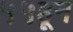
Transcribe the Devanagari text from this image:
५५हून